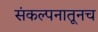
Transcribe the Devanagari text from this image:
संकल्पनातूनच